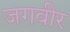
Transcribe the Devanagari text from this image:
जगवीर